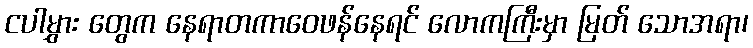
ငပါမွှား တွေက နေရာတကာဝေဖန်နေရင် လောကကြီးမှာ မြတ် သောအရာ၊